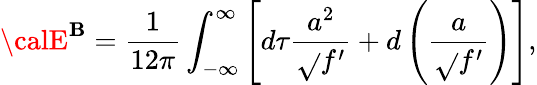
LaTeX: {\calE}^{\mathbf{B}}=\frac{1}{{12\pi}}\int_{-\infty}^{\infty}\left[d\tau\frac{{a^{2}}}{{\sqrt{}{{f^{\prime}}}}}+d\left(\frac{a}{{\sqrt{}{{f^{\prime}}}}}\right)\right],